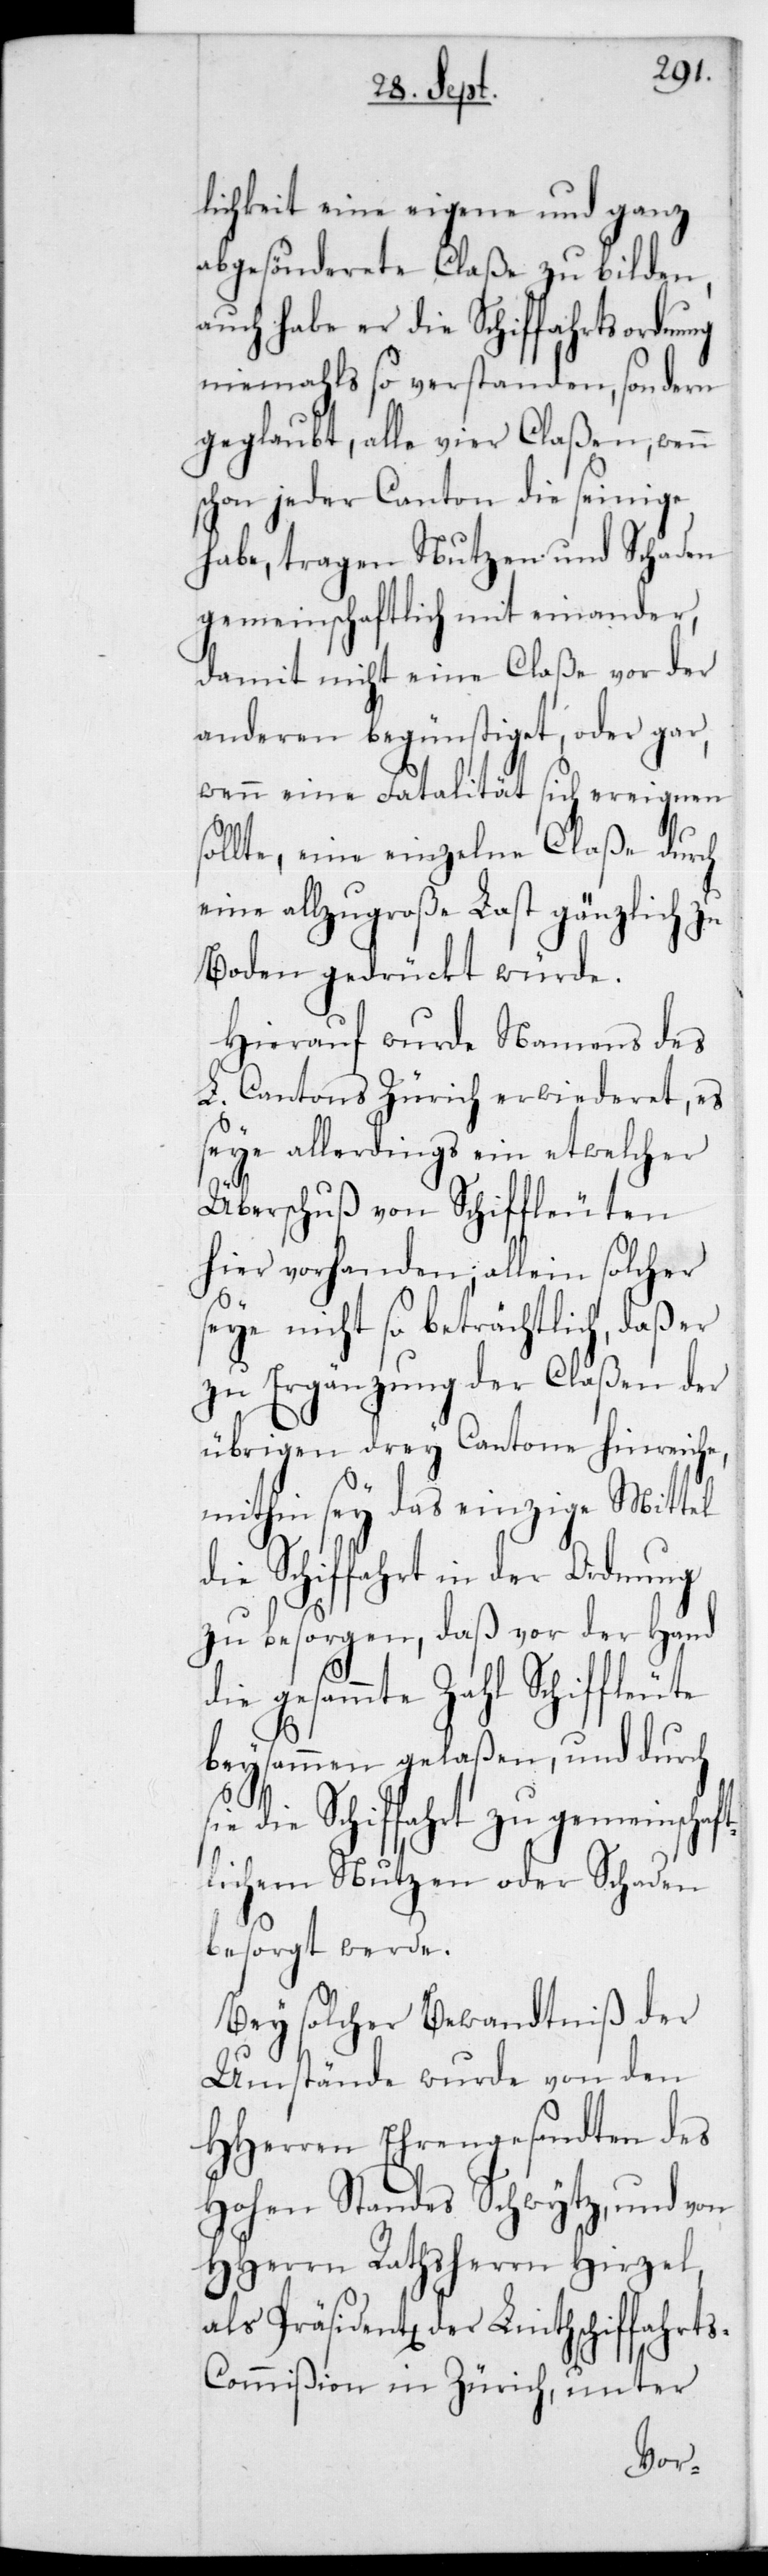
lichkeit eine eigene und ganz
abgesönderete Claße zu bilden,
auch habe er die Schiffahrtsordnung
niemahls so verstanden, sondern
geglaubt, alle vier Claßen, wenn
schon jeder Canton die seinige
habe, tragen Nutzen und Schaden
gemeinschaftlich mit einander,
damit nicht eine Claße vor der
anderen begünstiget, oder gar,
wenn eine Fatalität sich ereignen
sollte, eine einzelne Claße durch
eine allzugroße Last gänzlich zu
Boden gedrückt würde.
Hierauf wurde namens des
L. Cantons Zürich erwiederet, es
seye allerdings ein etwelcher
Überschuß von Schiffleuten
hier vorhanden; allein solcher
seye nicht so beträchtlich, daß er
zu Ergänzung der Claßen der
übrigen drey Cantone hinreiche,
mithin sey das einzige Mittel
die Schiffahrt in der Ordnung
zu besorgen, daß vor der Hand
die gesammte Zahl Schiffleute
beysammen gelaßen, und durch
die Schiffahrt zu gemeinschaf¬
tlichem Nutzen oder Schaden
besorgt werde.
Bei solcher Bewandtniß der
Umstände wurde von den
HHerren Ehrengesandten des
HohenStandes Schwytz, und von
HHerrn Rathsherrn Hirzel,
als Präsident der Linthschiffahrt¬
s-Commißion in Zürich, unter